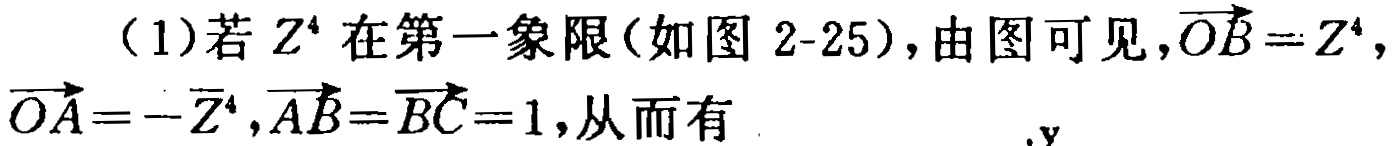
（1）若 \(Z^{4}\) 在第一象限(如图 2-25)，由图可见，\(\overrightarrow{OB}=Z^{4}\)，\(\overrightarrow{OA}=-\overline{Z^{4}}\)，\(\overrightarrow{AB}=\overrightarrow{BC}=1\)，从而有  ，\(y\)